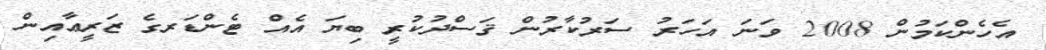
އެހެންކަމުން 2008 ވަނަ އަހަރު ސަރުކާރުން ޤަސްދުކުރީ ބިޔަ އެއް ޓެންޑަރގެ ޒަރީޢާއިން